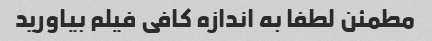
مطمئن لطفا به اندازه کافی فیلم بیاورید